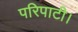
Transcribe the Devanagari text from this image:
परिपाटी।